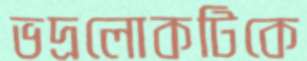
ভদ্রলোকটিকে